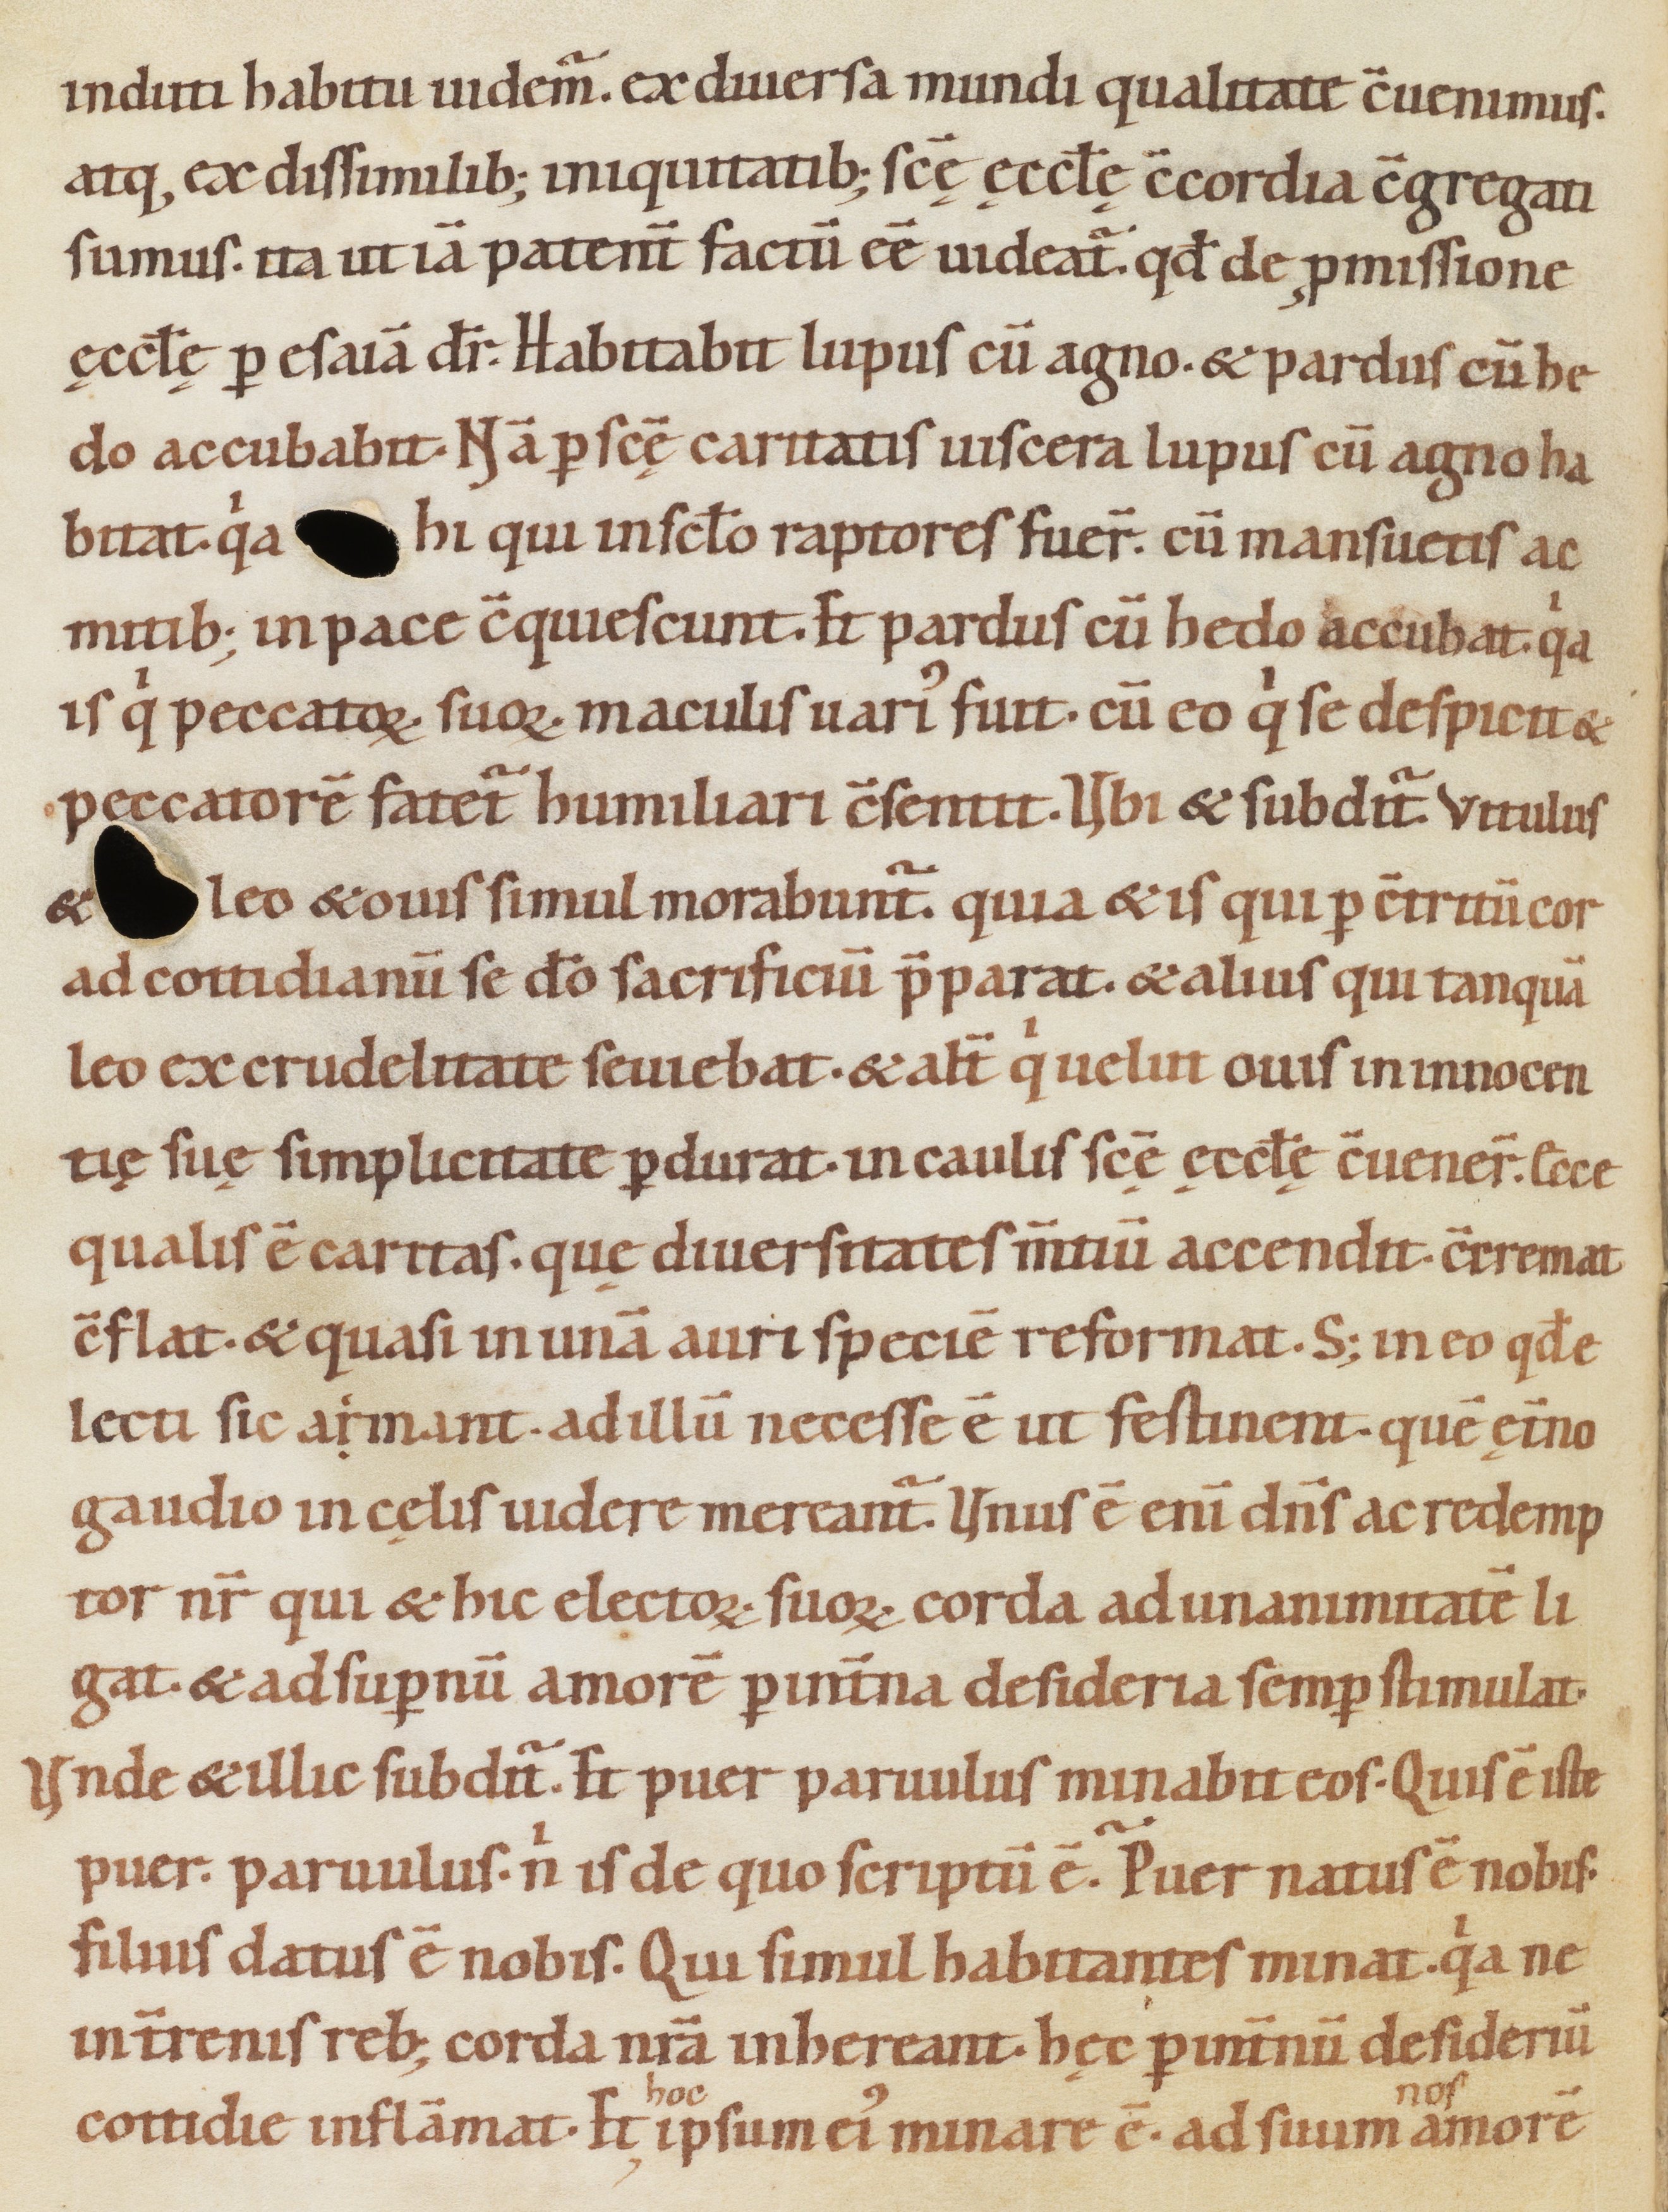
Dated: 1080–1096